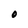
Character: O